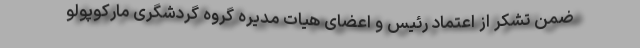
ضمن تشکر از اعتماد رئیس و اعضای هیات مدیره گروه گردشگری مارکوپولو